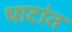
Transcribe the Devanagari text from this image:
घाटांत